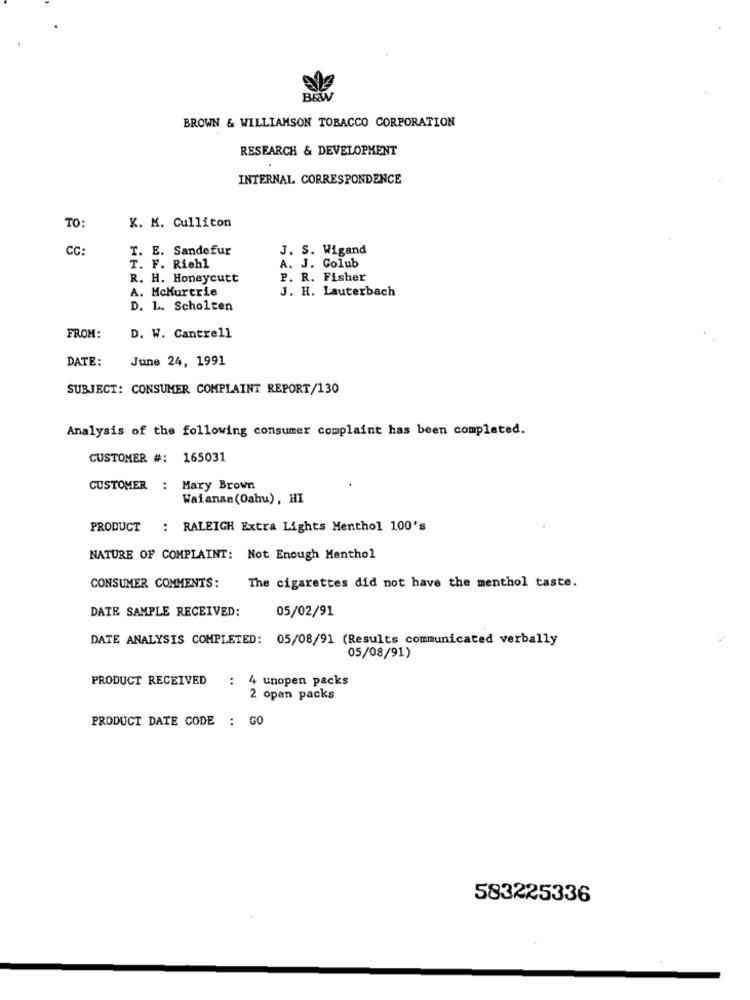
BAW
BROWN & WILLIAMSON TOBACCO CORPORATION
RESEARCH & DEVELOPMENT
INTERNAL CORRESPONDENCE
K. M. Culliton
TO:
CC:
T. E. Sandefur
J. S. Wigand
A. J. Golub
T. F. Riehl
R. H. Honeycutt
P. R. Fisher
A. McMurtrie
J. H. Lauterbach
D. L. Scholten
FROM:
D. W. Cantrell
DATE:
June 24, 1991
SUBJECT: CONSUMER COMPLAINT REPORT/130
Analysis of the following consumer complaint has been completed.
CUSTOMER #: 165031
CUSTOMER : Mary Brown
Waianae (Oahu), HI
PRODUCT : RALEIGH Extra Lights Menthol 100's
NATURE OF COMPLAINT: Not Enough Menthol
CONSUMER COMMENTS:
The cigarettes did not have the menthol taste.
DATE SAMPLE RECEIVED:
05/02/91
DATE ANALYSIS COMPLETED: 05/08/91 (Results communicated verbally
05/08/91)
PRODUCT RECEIVED
: 4 unopen packs
2 opan packs
PRODUCT DATE CODE : GO
583225336